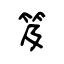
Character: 笈